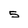
Character: 5